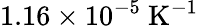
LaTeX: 1.16\times 10^{-5}~\mathrm{K}^{-1}